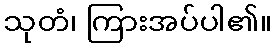
သုတံ၊ ကြားအပ်ပါ၏။